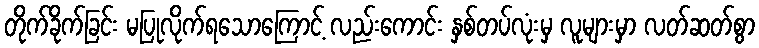
တိုက်ခိုက်ခြင်း မပြုလိုက်ရသောကြောင့် လည်းကောင်း နှစ်တပ်လုံးမှ လူများမှာ လတ်ဆတ်စွာ